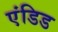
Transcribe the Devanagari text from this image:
एंडिड